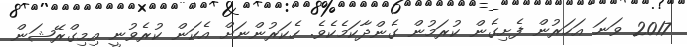
2017 ވަނަ އަހަރުން ފެށިގެން ކުރަމުން ގެންދާކަމެކެވެ. ހެކަރުންނަށް އެކަން ކުރެވުނީ އިމިގްރޭޝަން